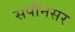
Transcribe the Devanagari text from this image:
सपौनसर